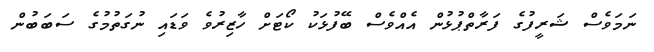
ނަމަވެސް ޝަރީފުގެ ފަރާތްޕުޅުން އެއްވެސް ބޭފުޅަކު ކޯޓަށް ހާޒިރުވެ ވަޑައި ނުގަތުމުގެ ސަބަބުން